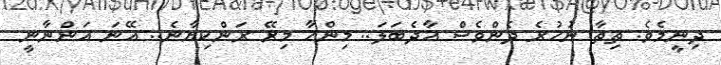
ދިނީމެވެ. ތިތާ ނުހުރެ ދެންވެސް އާދެބަލަ.. މިންހާ މިރޭ ރަންކިޔާނެ.. އޭނަ އަންނާނީ